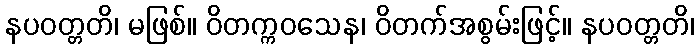
နပဝတ္တတိ၊ မဖြစ်။ ဝိတက္ကဝသေန၊ ဝိတက်အစွမ်းဖြင့်။ နပဝတ္တတိ၊